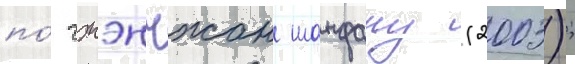
по́ чжэнчжан шанфану (2003);